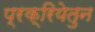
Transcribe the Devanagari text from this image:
प्रक्रियेतुन